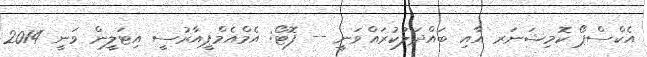
އެކްސްޕޯ ކޮމިޝަނަރ އާއި ބައްދަލުކުރައްވަނީ -- ފޮޓޯ: އެމްއެމްޕީއާރުސީ އިޓަލީން ވަނީ 2014